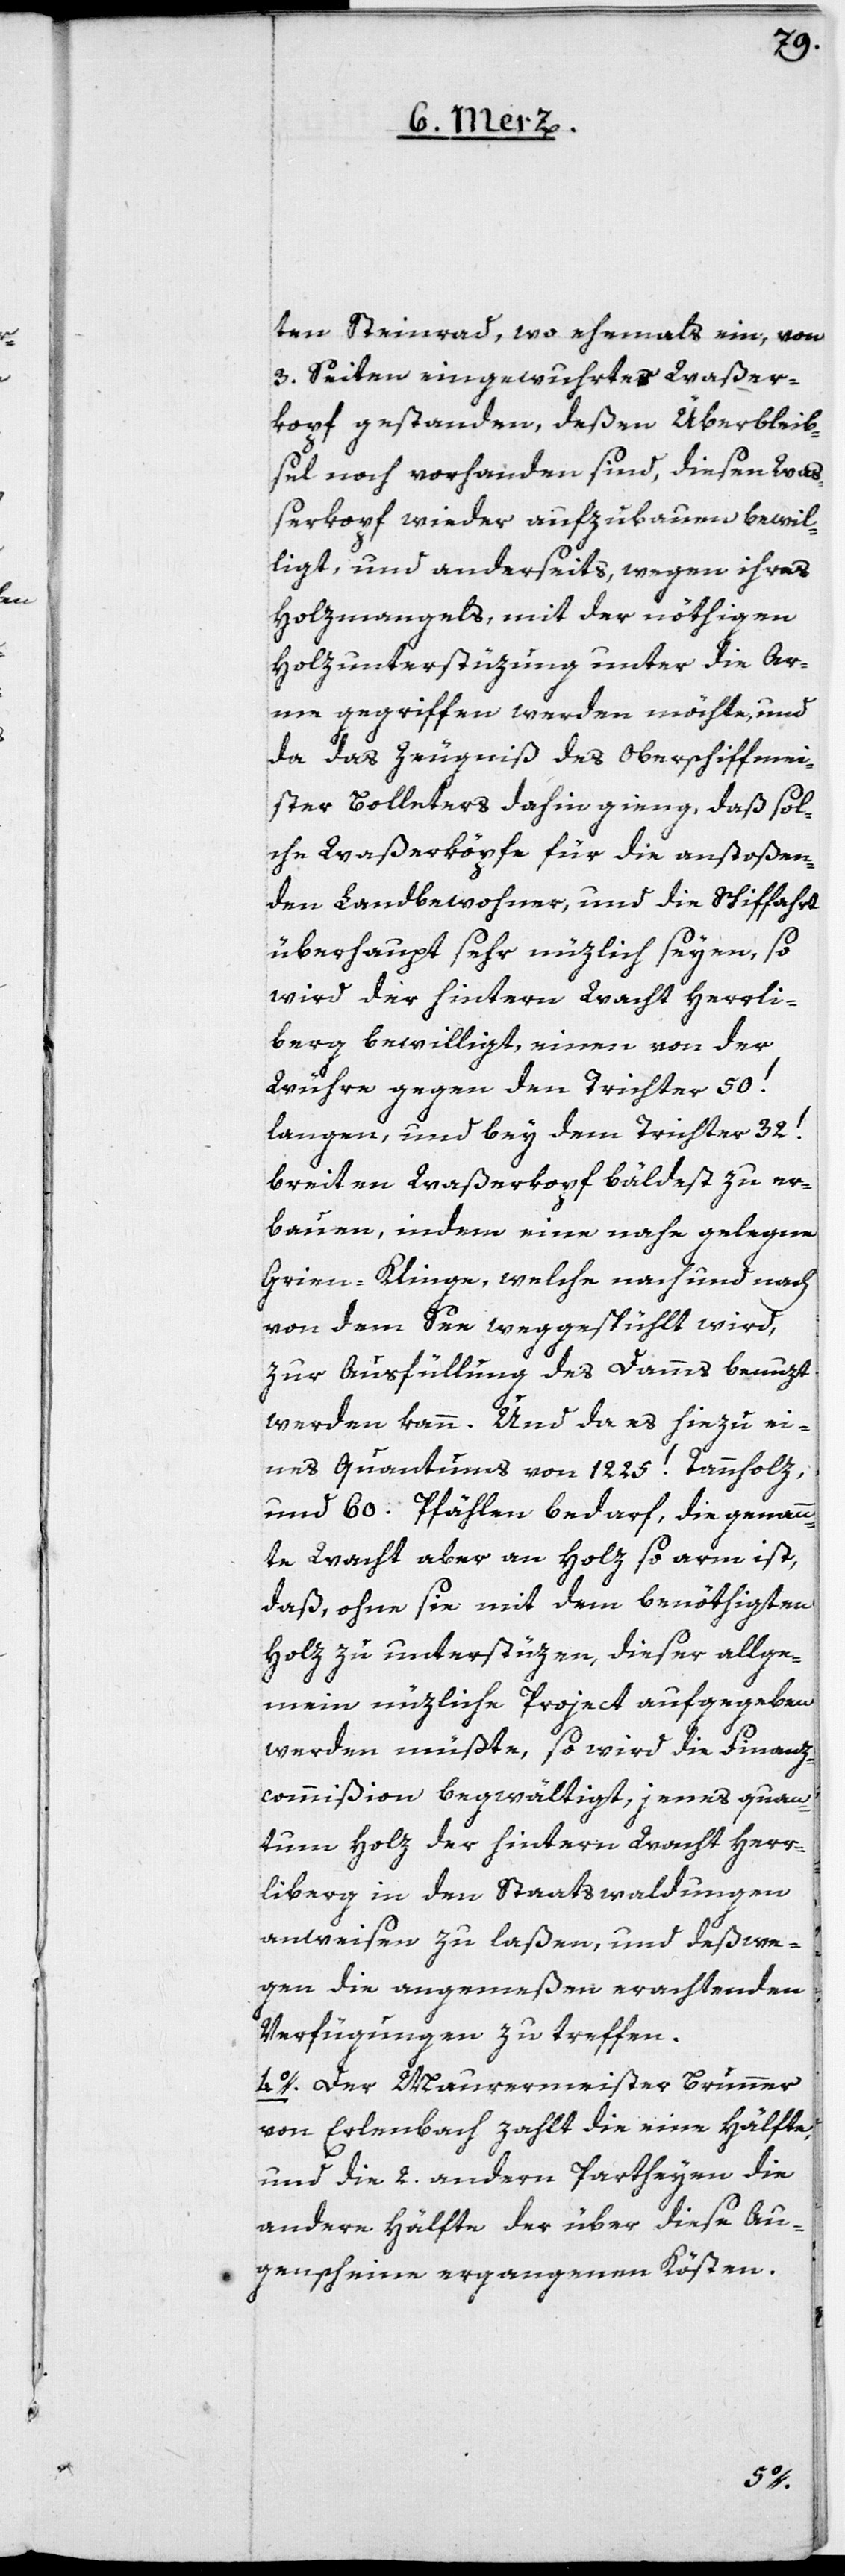
ten Steinrad, wo ehemals ein, von
3. Seiten eingewuhrter Waßer¬
kopf gestanden, deßen Überbleib¬
sel noch vorhanden sind, diesen Waß¬
erkopf wieder aufzubauen bewil¬
ligt, und anderseits, wegen ihres
Holzmangels, mit der nöthigen
Holzunterstüzung unter die Ar¬
me gegriffen werden möchte, und
da das Zeugniß des Oberschiffmei¬
ster Bolleters dahin gieng, daß sol¬
che Waßerköpfe für die anstoßen¬
den Landbewohner, und die Schiffahrt
überhaupt sehr nützlich seyen, so
wird der hintern Wacht Herrli¬
berg bewilligt, einen von der
Wühre gegen den Trichter 50.’
langen, und bey dem Trichter 32.’
breiten Waßerkopf bäldest zu er¬
bauen, indem eine nahe gelegene
Grien-Klinge, welche nach und nach
von dem See weggespühlt wird,
zur Ausfüllung des Damms benuzt
werden kann. Und da es hiezu ei¬
nes Quantums von 1225’ Tannholz
und 60. Pfählen bedarf, die genann¬
te Wacht aber an Holz so arm ist,
daß, ohne sie mit dem benöthigten
Holz zu unterstüzen, dieser allge¬
mein nüzliche Project aufgegeben
werden müßte, so wird die Finanz¬
commißion begwältigt, jenes quan¬
tum Holz der hintern Wacht Herr¬
liberg in den Staatswaldungen
anweisen zu laßen, und deßwe¬
gen die angemeßen erachtenden
Verfügungen zu treffen.
4o. Der Maurermeister Brunner
von Erlenbach zahlt die eine Hälfte,
und die 2. andern Partheyen die
andere Hälfte der über diese Au¬
genscheine ergangenen Kösten.